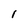
Character: l